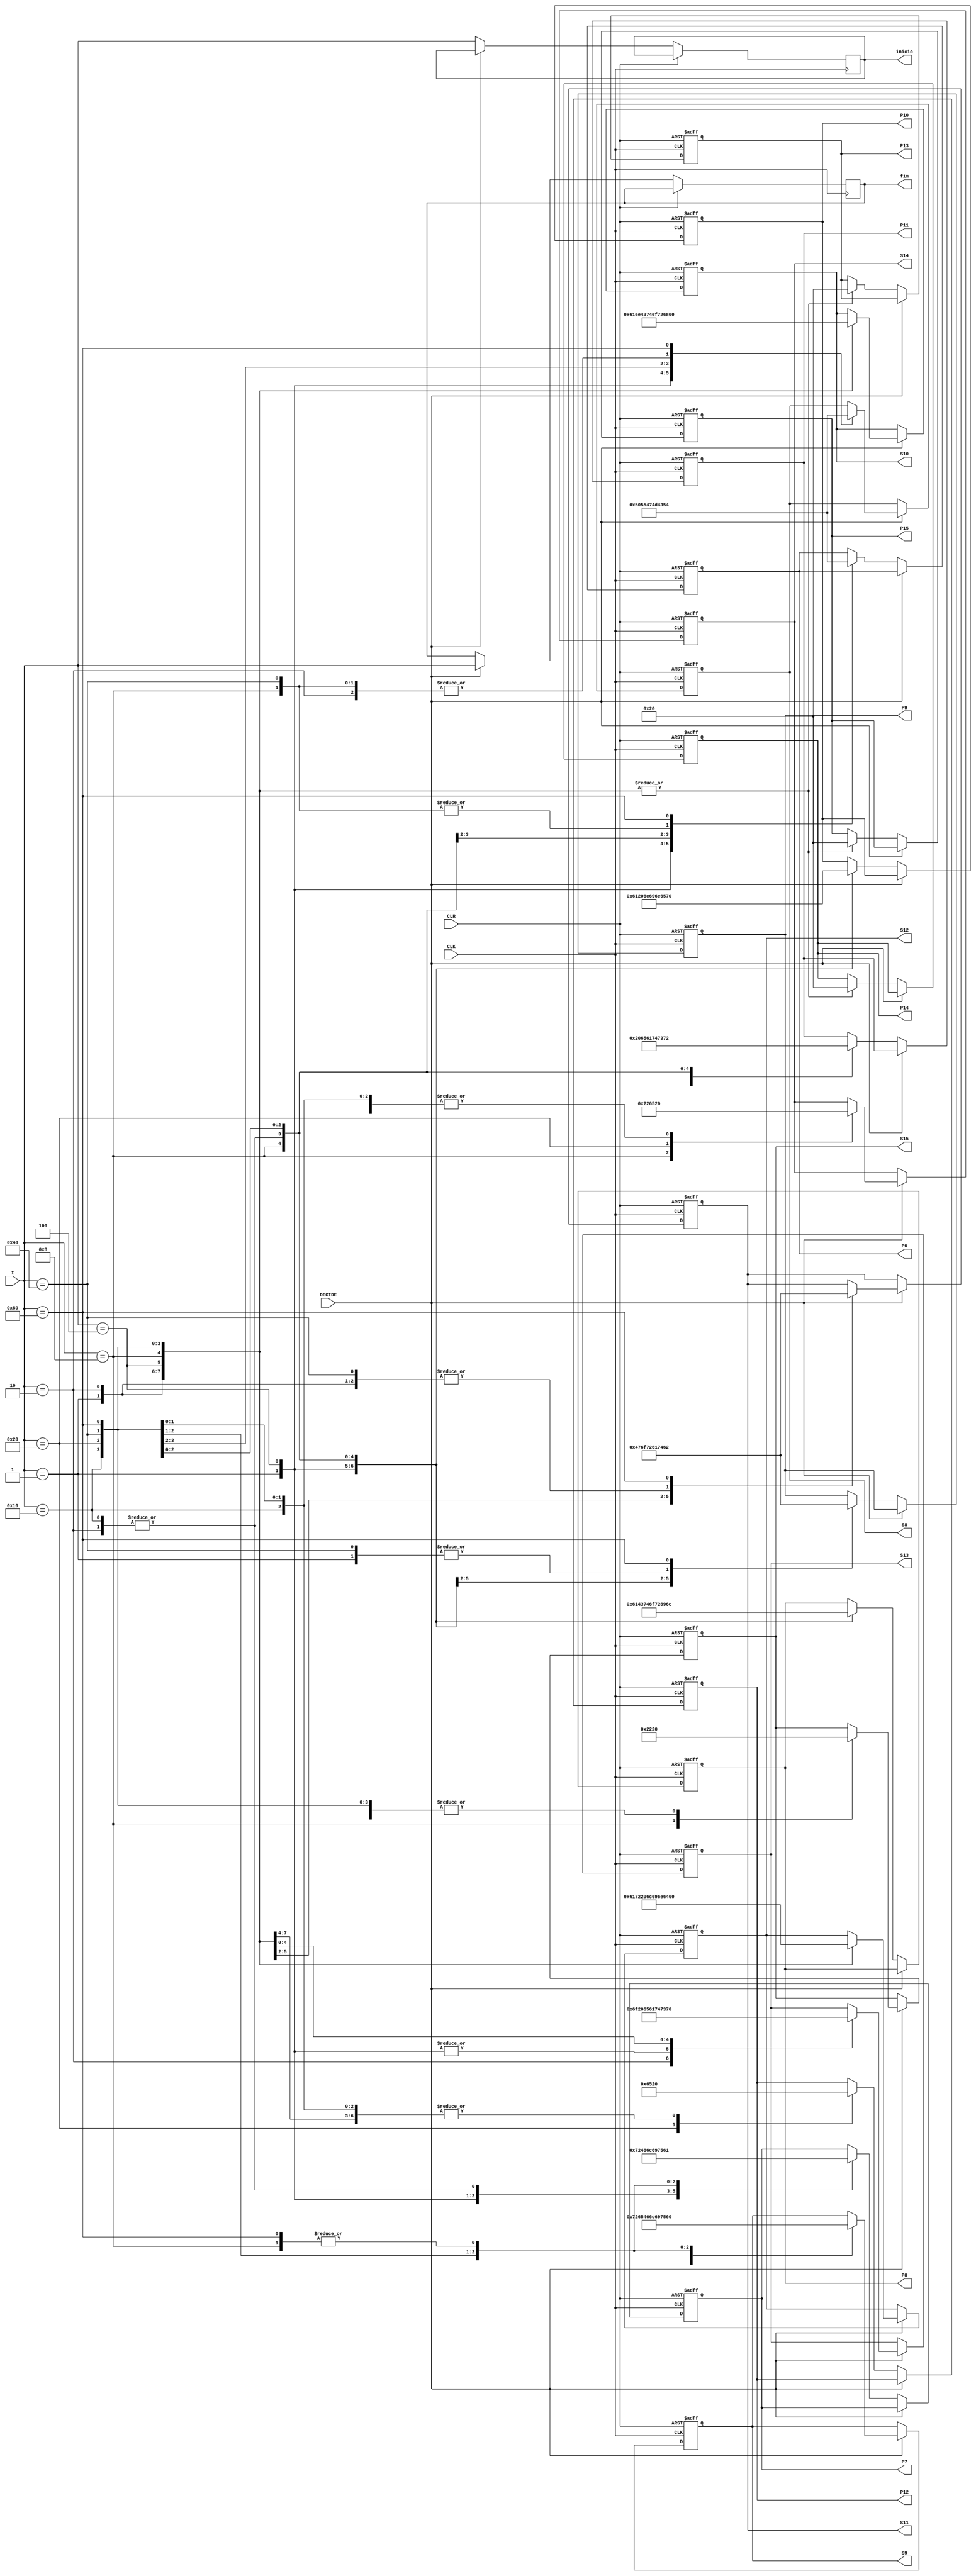
 //Universidade Federal de Campina Grande
// Departamento de Engenharia Eltrica e Informtica
// Joo Victor Rodrigues Ramalho: joao.ramalho@ee.ufcg.edu.br
// Pedro Henrique de Arajo Felipe: pedro.felipe@ee.ufcg.edu.br


module set_Local(P6,P7,P8,P9,P10,P11,P12,P13,P14,P15,S8,S9,S10,S11,S12,S13,S14,S15,DECIDE,CLK,CLR,I,fim,inicio);
input DECIDE;// utilizado como controle, para alternar entre local inicial e destino.
input CLK, CLR;
input [8:0]I;
output reg [8:0]fim;// registro da posio final
output reg [8:0]inicio; // registro da posio inicial
output reg[7:0] P6,P7,P8,P9,P10,P11,P12,P13,P14,
P15,S8,S9,S10,S11,S12,S13,S14,S15 ;// variveis para a escrita no LCD

	always @(posedge CLK or posedge CLR)
	begin 	
		if (CLR)
			begin
			////////////////////////////////////////////Limpeza //////////////////////////////////////
				P6 = 8'h20;  //  Espao em branco
				P7 = 8'h20;
				P8 = 8'h20;
				P9 = 8'h20;
				P10 = 8'h20;
				P11 = 8'h20;
				P12 = 8'h20;
				P13 = 8'h20;
				P14 = 8'h20;
				P15 = 8'h20;
				S8 = 8'h20;
				S9 = 8'h20;
				S10 = 8'h20;
				S11 = 8'h20;
				S12 = 8'h20;
				S13 = 8'h20;
				S14 = 8'h20;
				S15 = 8'h20;
				/////////////////////////////////////////////////////////////////////////////////////////
			end 
		else if(DECIDE==0)
			begin
			inicio={I};
			case({I})
			1: begin
			P6 = 8'h50;//P;
			P7 = 8'h72;//r;
			P8 = 8'h61;//a;
			P9 = 8'h74;//t;
			P10 = 8'h61;//a;
			P11 = 8'h20;//space
			P12 = 8'h20;//space
			P13 = 8'h20;//space
			P14 = 8'h20;//space
			P15 = 8'h20;//space
			end
		
			2:
			begin
			P6 = 8'h43;//C;
			P7 = 8'h65;//e;
			P8 = 8'h6e;//n;
			P6 = 8'h47;//G;
			P7 = 8'h6c;//l;
			P8 = 8'h6f;//o;
			P9 = 8'h72;//r;
			P10 = 8'h69;//i;
			P11 = 8'h61;//a;
			P12 = 8'h20;//space
			P13 = 8'h20;//space
			P14 = 8'h20;//space
			P15 = 8'h20;//space
			end
			4: 
			begin
			P6 = 8'h55;//U;
			P7 = 8'h46;//F;
			P8 = 8'h43;//C;
			P9 = 8'h47;//G;
			P10 = 8'h20;//space
			P11 = 8'h20;//space
			P12 = 8'h20;//space
			P13 = 8'h20;//space
			P14 = 8'h20;//space
			P15 = 8'h20;//space
			end
			
			8:
			begin
			P6 = 8'h43;//C;
			P7 = 8'h61;//a;
			P8 = 8'h74;//t;
			P9 = 8'h6f;//o;
			P10 = 8'h6c;//l;
			P11 = 8'h65;//e;
			P12 = 8'h20;//space
			P13 = 8'h20;//space
			P14 = 8'h20;//space
			P15 = 8'h20;//space
			end

			16:
			begin
			P6 = 8'h47;//G;
			P7 = 8'h6c;//l;
			P8 = 8'h6f;//o;
			P9 = 8'h72;//r;
			P10 = 8'h69;//i;
			P11 = 8'h61;//a;
			P12 = 8'h20;//space
			P13 = 8'h20;//space
			P14 = 8'h20;//space
			P15 = 8'h20;//space
			end
			32:
			begin
			P6 = 8'h4d;//M
			P7 = 8'h69;//i
			P8 = 8'h72;//r;
			P9 = 8'h61;//a;
			P10 = 8'h6e;//n
			P11 = 8'h74;//t
			P12 = 8'h65;//e
			P13 = 8'h20;//space
			P14 = 8'h20;//space
			P15 = 8'h20;//space
			end
			64:
			begin
			P6 = 8'h43;//C;
			P7 = 8'h75;//u;
			P8 = 8'h69;//i;
			P9 = 8'h74;//t;
			P10 = 8'h65;//e;
			P11 = 8'h73;//s;
			P12 = 8'h20;//space
			P13 = 8'h20;//space
			P14 = 8'h20;//space
			P15 = 8'h20;//space
			end
			128:
			begin
			P6 = 8'h54;//T;
			P7 = 8'h61;//a;
			P8 = 8'h6d;//m;
			P9 = 8'h62;//b;
			P10 = 8'h6f;//o;
			P11 = 8'h72;//r;
			P12 = 8'h20;//space
			P13 = 8'h20;//space
			P14 = 8'h20;//space
			P15 = 8'h20;//space
			end
			endcase
			end

		else if(DECIDE==1)
			begin
			fim={I};
			case({I})
			1:
			begin
			S8 = 8'h50;//P;
			S9 = 8'h72;//r;
			S10 = 8'h61;//a;
			S11 = 8'h74;//t;
			S12 = 8'h61;//a;
			S13 = 8'h20;//space
			S14 = 8'h20;//space
			S15 = 8'h20;//space
			end
		
			2:
			begin
			S8 = 8'h43;//C;
			S9 = 8'h65;//e;
			S10 = 8'h6e;//n;
			S11 = 8'h74;//t;
			S12 = 8'h72;//r;
			S13 = 8'h6f;//o;
			S14 = 8'h20;//space
			S15 = 8'h20;//space
			end
			4: 
			begin
			S8 = 8'h55;//U;
			S9 = 8'h46;//F;
			S10 = 8'h43;//C;
			S11 = 8'h47;//G;
			S12 = 8'h20;//space
			S13 = 8'h20;//space
			S14 = 8'h20;//space
			S15 = 8'h20;//space
			end
			
			8:
			begin
			S8 = 8'h43;//C;
			S9 = 8'h61;//a;
			S10 = 8'h74;//t;
			S11 = 8'h6f;//o;
			S12 = 8'h6c;//l;
			S13 = 8'h65;//e;
			S14 = 8'h22;//space
			S15 = 8'h22;//space
			end
			16:
			begin
			S8 = 8'h47;//G;
			S9 = 8'h6c;//l;
			S10 = 8'h6f;//o;
			S11 = 8'h72;//r;
			S12 = 8'h69;//i;
			S13 = 8'h61;//a;
			S14 = 8'h20;//space
			S15 = 8'h20;//space
			end
			32:
			begin
			S8 = 8'h4d;//M
			S9 = 8'h69;//i
			S10 = 8'h72;//r;
			S11 = 8'h61;//a;
			S12 = 8'h6e;//n
			S13 = 8'h74;//t
			S14 = 8'h65;//e
			S15 = 8'h20;//space
			end
			64:
			begin
			S8 = 8'h43;//C;
			S9 = 8'h75;//u;
			S10 = 8'h69;//i;
			S11 = 8'h74;//t;
			S12 = 8'h65;//e;
			S13 = 8'h73;//s;
			S14 = 8'h20;//space
			S15 = 8'h20;//space
			end
			128:
			begin
			S8 = 8'h54;//T;
			S9 = 8'h61;//a;
			S10 = 8'h6d;//m;
			S11 = 8'h62;//b;
			S12 = 8'h6f;//o;
			S13 = 8'h72;//r;
			S14 = 8'h20;//space
			S15 = 8'h20;//space
			end
			endcase
			end

	end 
	endmodule